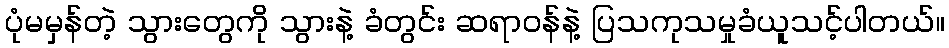
ပုံမမှန်တဲ့ သွားတွေကို သွားနဲ့ ခံတွင်း ဆရာဝန်နဲ့ ပြသကုသမှုခံယူသင့်ပါတယ်။